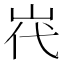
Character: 𮱧